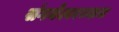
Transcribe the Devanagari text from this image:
संगमेश्वरच्याच